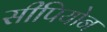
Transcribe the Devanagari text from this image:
सीपियोन